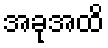
အခုအထိ